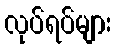
လုပ်ရပ်များ